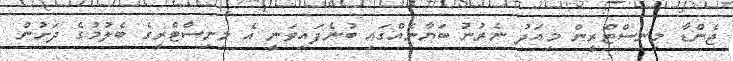
ޖެންޑާ މިނިސްޓްރީން މިއަދު ނެރުނު ބަޔާނެއްގައި ބުނެފައިވަނީ އެ މިނިސްޓްރީގެ ބެލުމުގެ ދަށުން